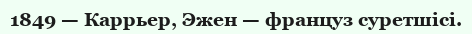
1849 — Каррьер, Эжен — француз суретшісі.